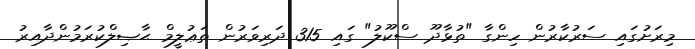
މިރަށުގައި ސަރުކާރުން ހިންގާ "ތުޅާދޫ ސްކޫލު" ގައި 315 ދަރިވަރުން ތަޢުލީމް ޙާޞިލްކުރަމުންދާއިރު